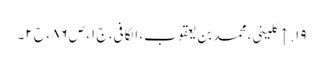
۱۹. ↑ کلینی، محمد بن یعقوب، الکافی، ج ۱، ص ۸۶، ح ۲۔